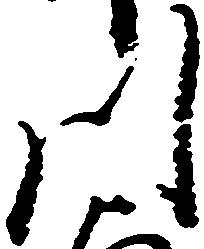
川